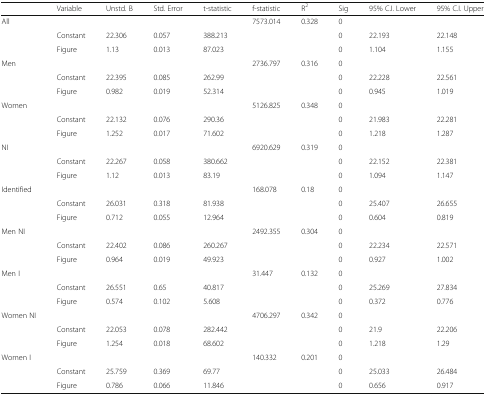
<table><thead><tr><td></td><td><b>Variable</b></td><td><b>Unstd. B</b></td><td><b>Std. Error</b></td><td><b>t-statistic</b></td><td><b>f-statistic</b></td><td><b>R<sup>2</sup></b></td><td><b>Sig</b></td><td><b>95% C.I. Lower</b></td><td><b>95% C.I. Upper</b></td></tr></thead><tbody><tr><td rowspan="3">All</td><td colspan="4"></td><td>7573.014</td><td>0.328</td><td>0</td><td colspan="2"></td></tr><tr><td>Constant</td><td>22.306</td><td>0.057</td><td>388.213</td><td colspan="2"></td><td>0</td><td>22.193</td><td>22.148</td></tr><tr><td>Figure</td><td>1.13</td><td>0.013</td><td>87.023</td><td colspan="2"></td><td>0</td><td>1.104</td><td>1.155</td></tr><tr><td rowspan="3">Men</td><td colspan="4"></td><td>2736.797</td><td>0.316</td><td>0</td><td colspan="2"></td></tr><tr><td>Constant</td><td>22.395</td><td>0.085</td><td>262.99</td><td colspan="2"></td><td>0</td><td>22.228</td><td>22.561</td></tr><tr><td>Figure</td><td>0.982</td><td>0.019</td><td>52.314</td><td colspan="2"></td><td>0</td><td>0.945</td><td>1.019</td></tr><tr><td rowspan="3">Women</td><td colspan="4"></td><td>5126.825</td><td>0.348</td><td>0</td><td colspan="2"></td></tr><tr><td>Constant</td><td>22.132</td><td>0.076</td><td>290.36</td><td colspan="2"></td><td>0</td><td>21.983</td><td>22.281</td></tr><tr><td>Figure</td><td>1.252</td><td>0.017</td><td>71.602</td><td colspan="2"></td><td>0</td><td>1.218</td><td>1.287</td></tr><tr><td rowspan="3">NI</td><td colspan="4"></td><td>6920.629</td><td>0.319</td><td>0</td><td colspan="2"></td></tr><tr><td>Constant</td><td>22.267</td><td>0.058</td><td>380.662</td><td colspan="2"></td><td>0</td><td>22.152</td><td>22.381</td></tr><tr><td>Figure</td><td>1.12</td><td>0.013</td><td>83.19</td><td colspan="2"></td><td>0</td><td>1.094</td><td>1.147</td></tr><tr><td rowspan="3">Identified</td><td colspan="4"></td><td>168.078</td><td>0.18</td><td>0</td><td colspan="2"></td></tr><tr><td>Constant</td><td>26.031</td><td>0.318</td><td>81.938</td><td colspan="2"></td><td>0</td><td>25.407</td><td>26.655</td></tr><tr><td>Figure</td><td>0.712</td><td>0.055</td><td>12.964</td><td colspan="2"></td><td>0</td><td>0.604</td><td>0.819</td></tr><tr><td rowspan="3">Men NI</td><td colspan="4"></td><td>2492.355</td><td>0.304</td><td>0</td><td colspan="2"></td></tr><tr><td>Constant</td><td>22.402</td><td>0.086</td><td>260.267</td><td colspan="2"></td><td>0</td><td>22.234</td><td>22.571</td></tr><tr><td>Figure</td><td>0.964</td><td>0.019</td><td>49.923</td><td colspan="2"></td><td>0</td><td>0.927</td><td>1.002</td></tr><tr><td rowspan="3">Men I</td><td colspan="4"></td><td>31.447</td><td>0.132</td><td>0</td><td colspan="2"></td></tr><tr><td>Constant</td><td>26.551</td><td>0.65</td><td>40.817</td><td colspan="2"></td><td>0</td><td>25.269</td><td>27.834</td></tr><tr><td>Figure</td><td>0.574</td><td>0.102</td><td>5.608</td><td colspan="2"></td><td>0</td><td>0.372</td><td>0.776</td></tr><tr><td rowspan="3">Women NI</td><td colspan="4"></td><td>4706.297</td><td>0.342</td><td>0</td><td colspan="2"></td></tr><tr><td>Constant</td><td>22.053</td><td>0.078</td><td>282.442</td><td colspan="2"></td><td>0</td><td>21.9</td><td>22.206</td></tr><tr><td>Figure</td><td>1.254</td><td>0.018</td><td>68.602</td><td colspan="2"></td><td>0</td><td>1.218</td><td>1.29</td></tr><tr><td rowspan="3">Women I</td><td colspan="4"></td><td>140.332</td><td>0.201</td><td>0</td><td colspan="2"></td></tr><tr><td>Constant</td><td>25.759</td><td>0.369</td><td>69.77</td><td colspan="2"></td><td>0</td><td>25.033</td><td>26.484</td></tr><tr><td>Figure</td><td>0.786</td><td>0.066</td><td>11.846</td><td colspan="2"></td><td>0</td><td>0.656</td><td>0.917</td></tr></tbody></table>